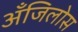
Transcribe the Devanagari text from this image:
अँजिलोस